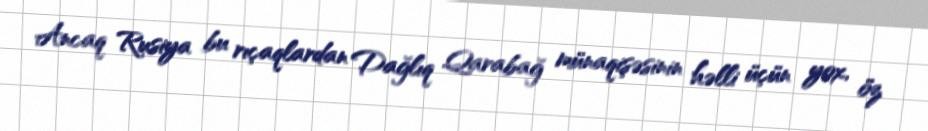
Ancaq Rusiya bu rıçaqlardan Dağlıq Qarabağ münaqişəsinin həlli üçün yox, öz